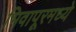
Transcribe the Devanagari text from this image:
भिवापूरमध्ये